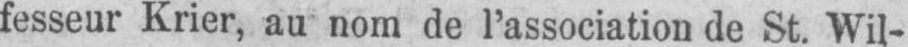
fesseur Krier, au nom de l’association de St. Wil-